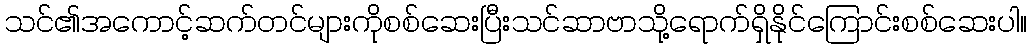
သင်၏အကောင့်ဆက်တင်များကိုစစ်ဆေးပြီးသင်ဆာဗာသို့ရောက်ရှိနိုင်ကြောင်းစစ်ဆေးပါ။